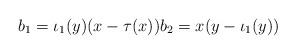
LaTeX: \begin{align*} b_{1}= \iota_1(y)(x-\tau (x)) b_{2}=x(y-\iota_1(y))\end{align*}